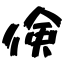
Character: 倹